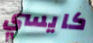
كايسي